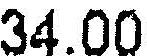
34.00